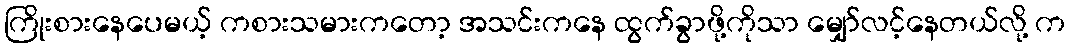
ကြိုးစားနေပေမယ့် ကစားသမားကတော့ အသင်းကနေ ထွက်ခွာဖို့ကိုသာ မျှော်လင့်နေတယ်လို့ က